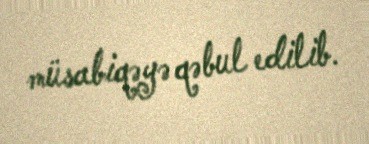
müsabiqəyə qəbul edilib.